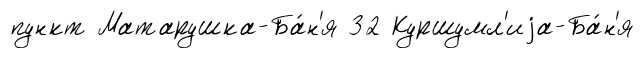
пункт Матарушка-Ба́н'я 32 Куршумл'иjа-Ба́н'я